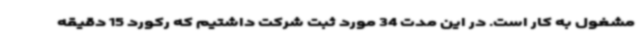
مشغول به کار است. در این مدت 34 مورد ثبت شرکت داشتیم که رکورد 15 دقیقه